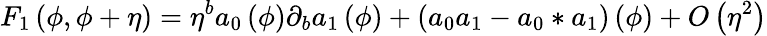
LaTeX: F_{1}\left(\phi,\phi+\eta\right)=\eta^{b}a_{0}\left(\phi\right)\partial_{b}a_{1}\left(\phi\right)+\left(a_{0}a_{1}-a_{0}\ast a_{1}\right)\left(\phi\right)+O\left(\eta^{2}\right)